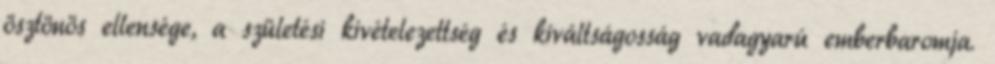
ösztönös ellensége, a születési kivételezettség és kiváltságosság vadagyarú emberbaromja.